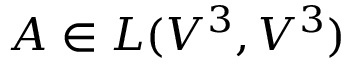
A \in L ( V ^ { 3 } , V ^ { 3 } )